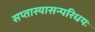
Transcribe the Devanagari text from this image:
सप्तास्यासन्परिधयः